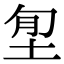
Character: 𡋜